Leningradi_Edasi_toimetus, lk 207
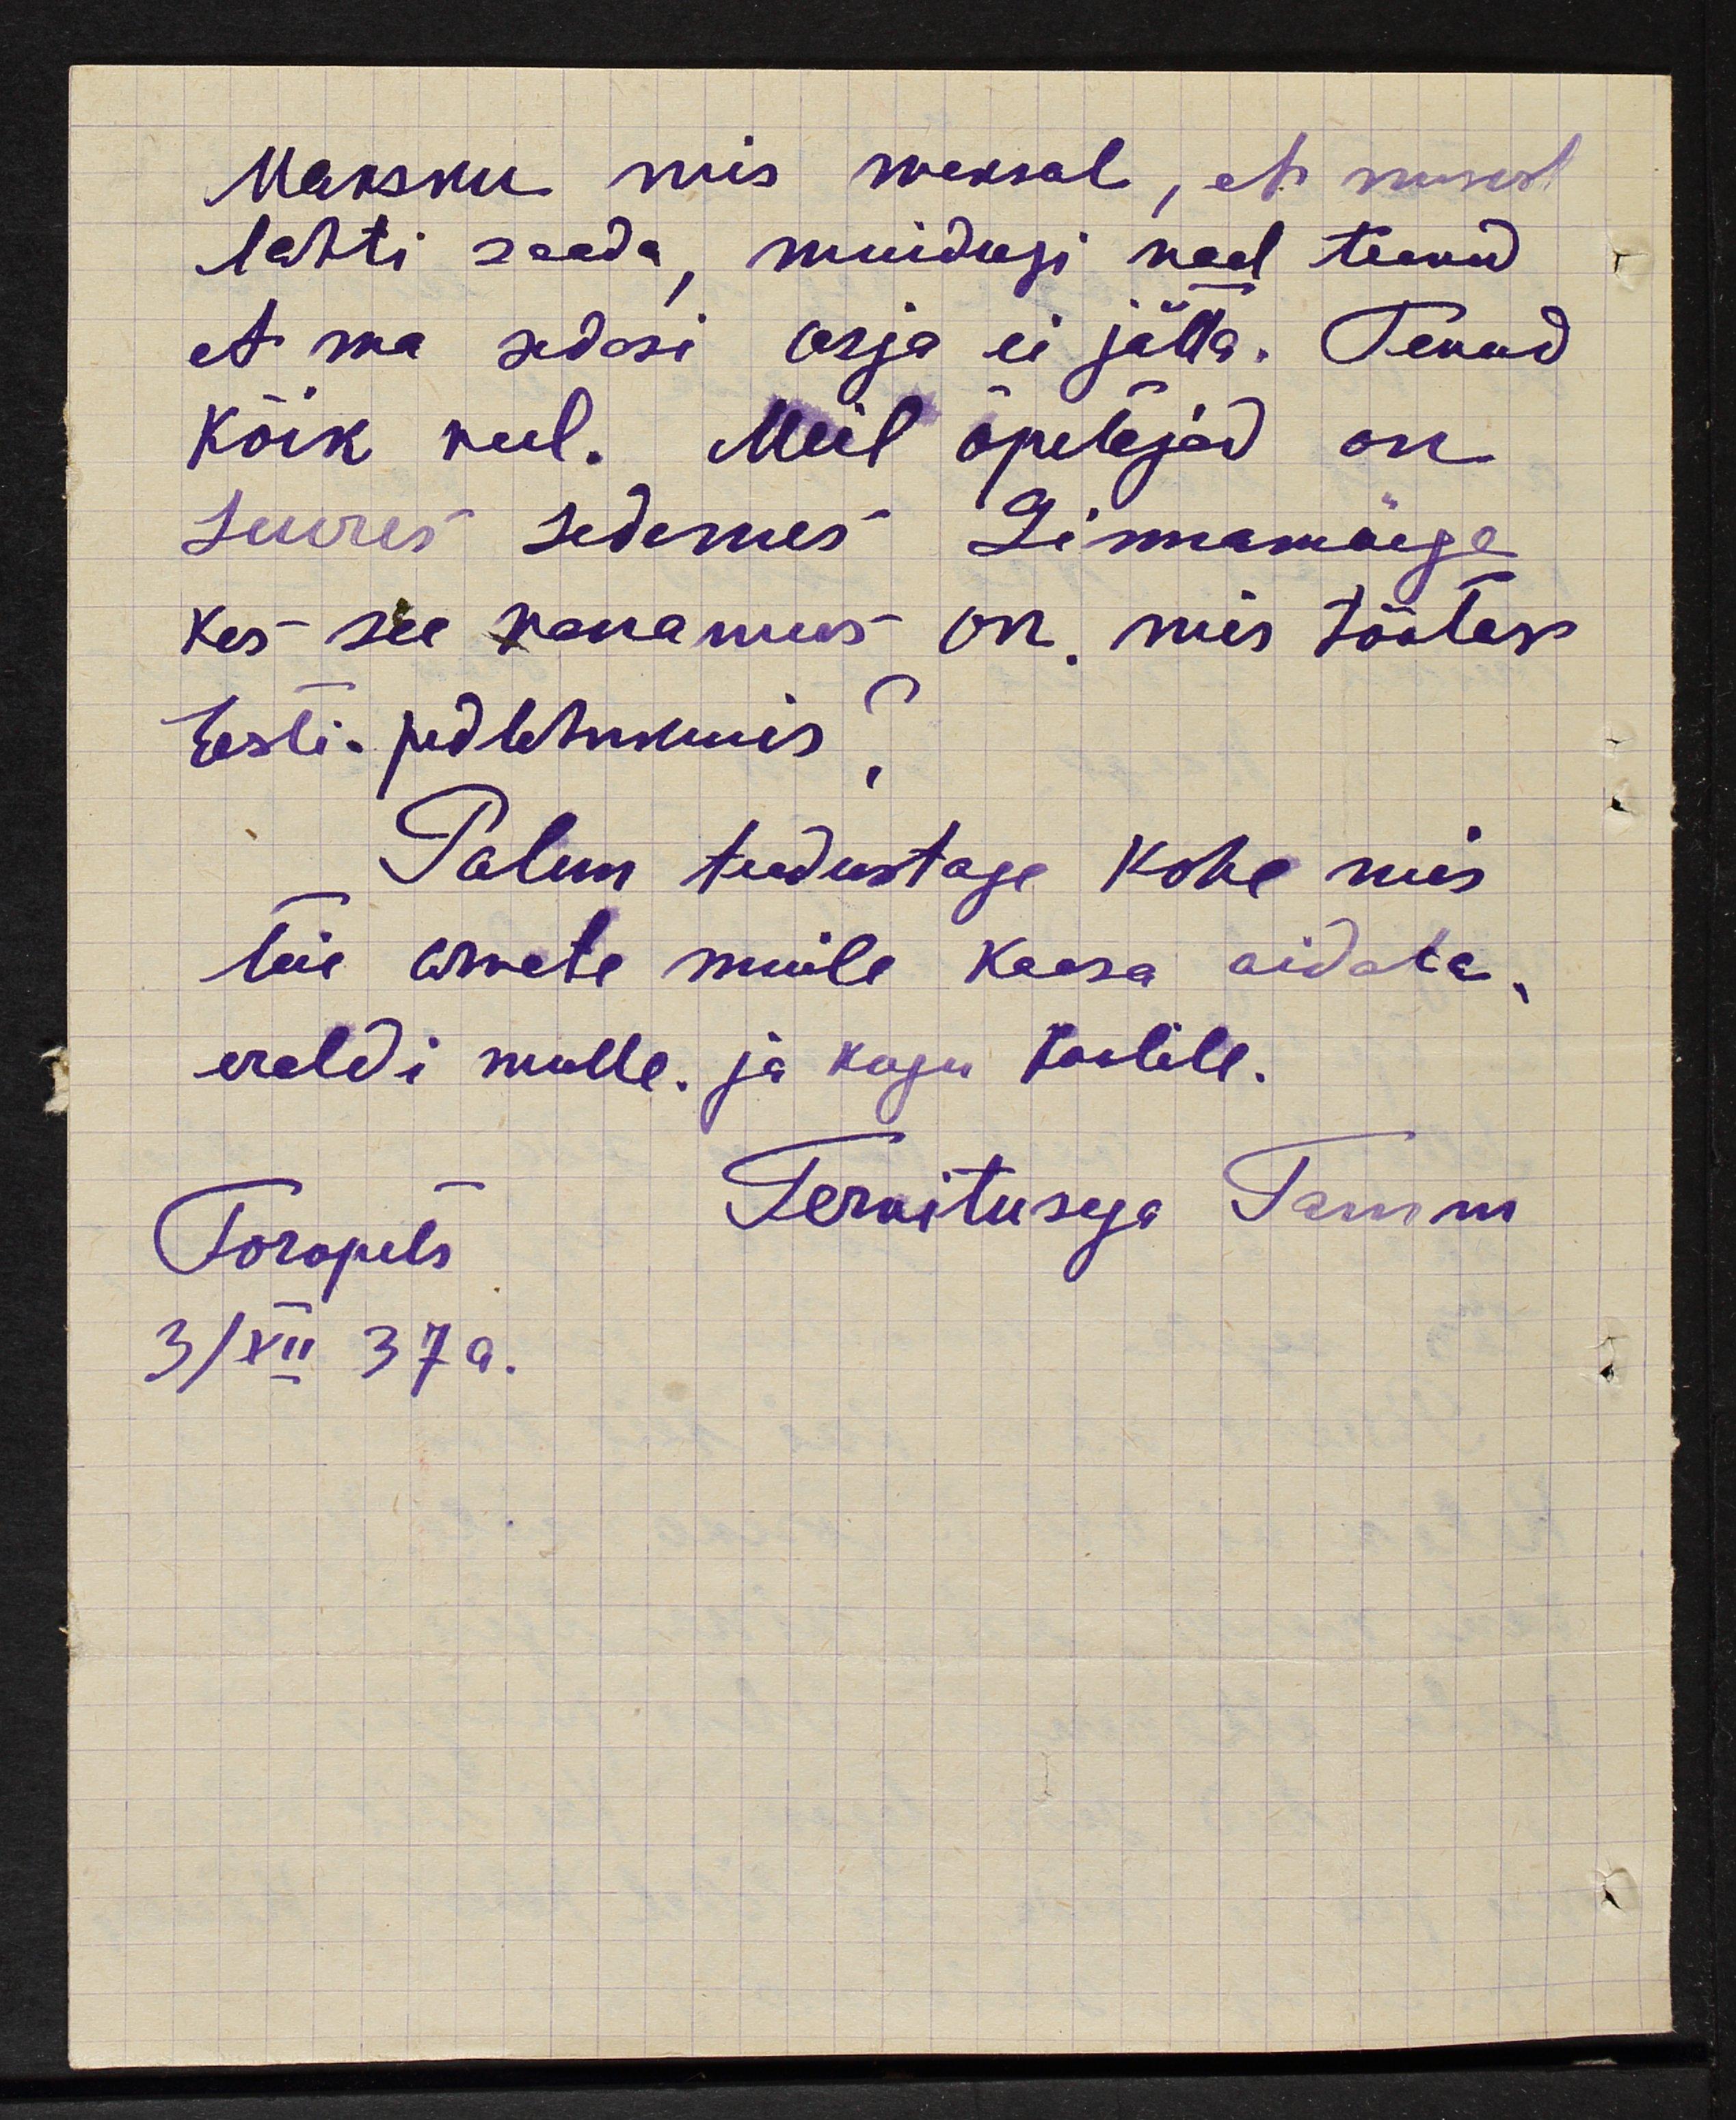
Maksku mis maksab, et mind
lahti saada, muidugi nad tevad
et ma sedasi asja ei jätta. Tevad
kõik veel. Meil õpetajad on
suures sidemes Linnamäega
Kes see vanamees on mis töötas
Eesti. piddnikuis,
Palun tudustage kohe mis
teie arvate meile kaasa aidata,
ereldi mulle. ja kogu koolile.
Toropets
Tervitusega Tamm
3/XII 37a.